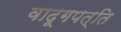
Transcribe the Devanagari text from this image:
वादूगपत्ति